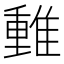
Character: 𨿿